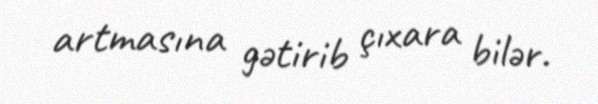
artmasına gətirib çıxara bilər.